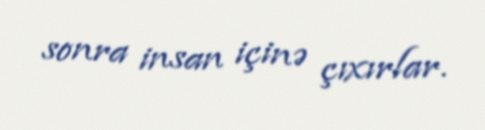
sonra insan içinə çıxırlar.